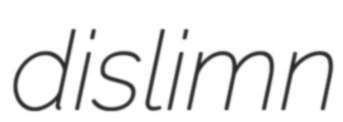
dislimn